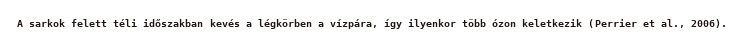
A sarkok felett téli időszakban kevés a légkörben a vízpára, így ilyenkor több ózon keletkezik (Perrier et al., 2006).